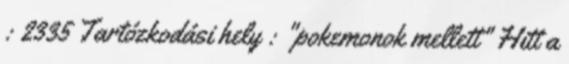
: 2335 Tartózkodási hely : "pokemonok mellett" Hitt a